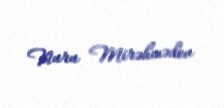
Nuru Mirəhmədov